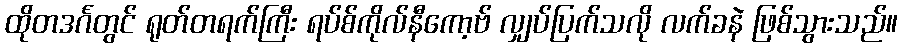
ထိုတဒင်္ဂတွင် ရုတ်တရက်ကြီး ရပ်စ်ကိုလ်နီကော့ဗ် လျှပ်ပြက်သလို လက်ခနဲ ဖြစ်သွားသည်။